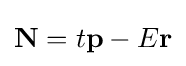
\mathbf {N} =t\mathbf {p} -E\mathbf {r}